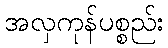
အလှကုန်ပစ္စည်း